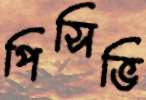
পিসিভি